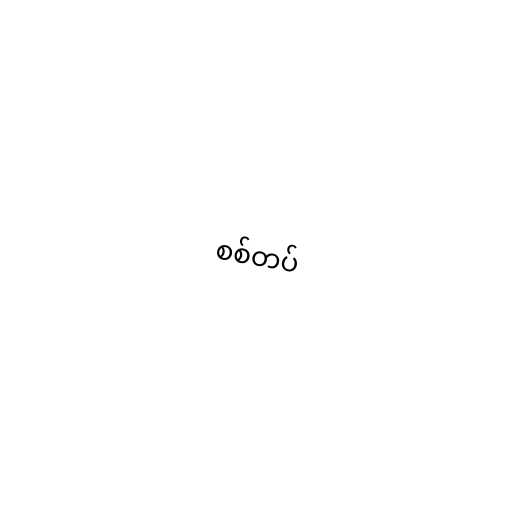
စစ်တပ်